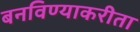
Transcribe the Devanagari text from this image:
बनविण्याकरीता